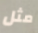
مثل